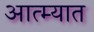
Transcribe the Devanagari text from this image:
आत्म्यात